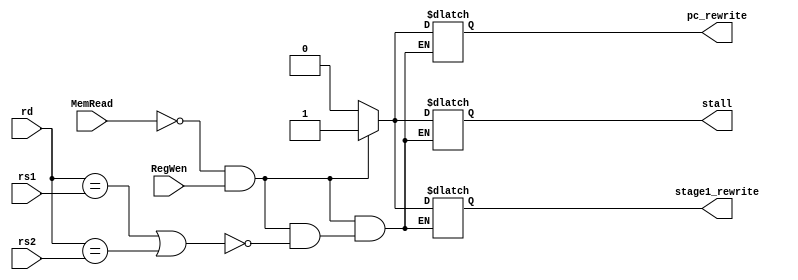
module hazard_detection (input [4:0] rs1, rs2, rd, 
                         input MemRead, RegWen,
                         output reg pc_rewrite, stage1_rewrite, stall);

always @(rs1, rs2, rd, MemRead) begin
  if ((MemRead==1'b0) && (RegWen==1'b1)) begin
    if (rd==rs1 || rd==rs2) begin
      pc_rewrite= 1'b1;
      stage1_rewrite =1'b1;
      stall= 1'b1;
    end
  end
  else begin
    pc_rewrite= 1'b0;
    stage1_rewrite =1'b0;
    stall= 1'b0;
  end
end
endmodule